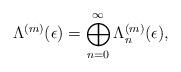
LaTeX: \begin{align*}\Lambda^{(m)}(\epsilon)=\bigoplus_{n=0}^{\infty} \Lambda^{(m)}_n(\epsilon),\end{align*}